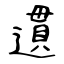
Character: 遦